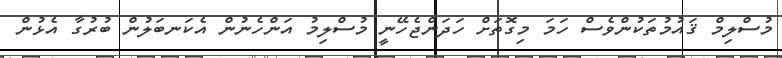
މުސްލިމް ޤައުމުތަކުންވެސް ހަމަ މިގޮތަށް ހަދަންޖެހޭނީ މުސްލިމު އަންހެނުން އެކަނބަލުން ބުރުގާ އެޅުން